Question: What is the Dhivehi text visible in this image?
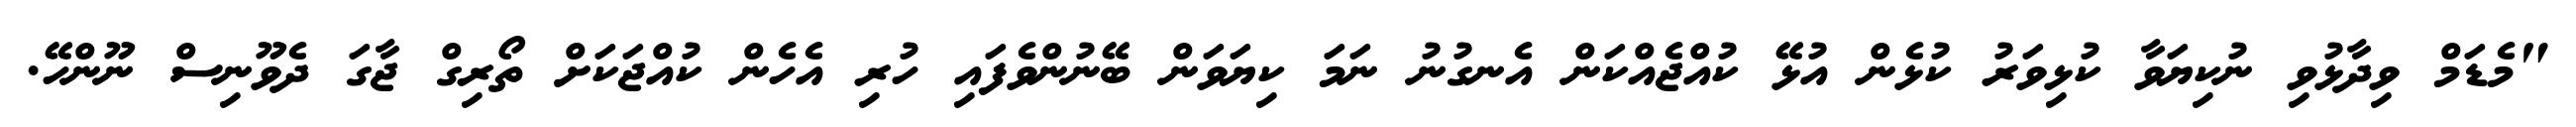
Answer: "މެޑަމް ވިދާޅުވި ނުކިޔަވާ ކުޅިވަރު ކުޅެން އުޅޭ ކުއްޖެއްކަން އެނގުނު ނަމަ ކިޔަވަން ބޭނުންވެފައި ހުރި އެހެން ކުއްޖަކަށް ތޯރިގް ޖާގަ ދެވޫނިސް ނޫންހޭ.